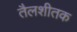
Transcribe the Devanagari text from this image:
तैलशीतक